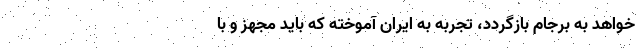
‌خواهد به برجام بازگردد، تجربه به ایران آموخته که باید مجهز و با